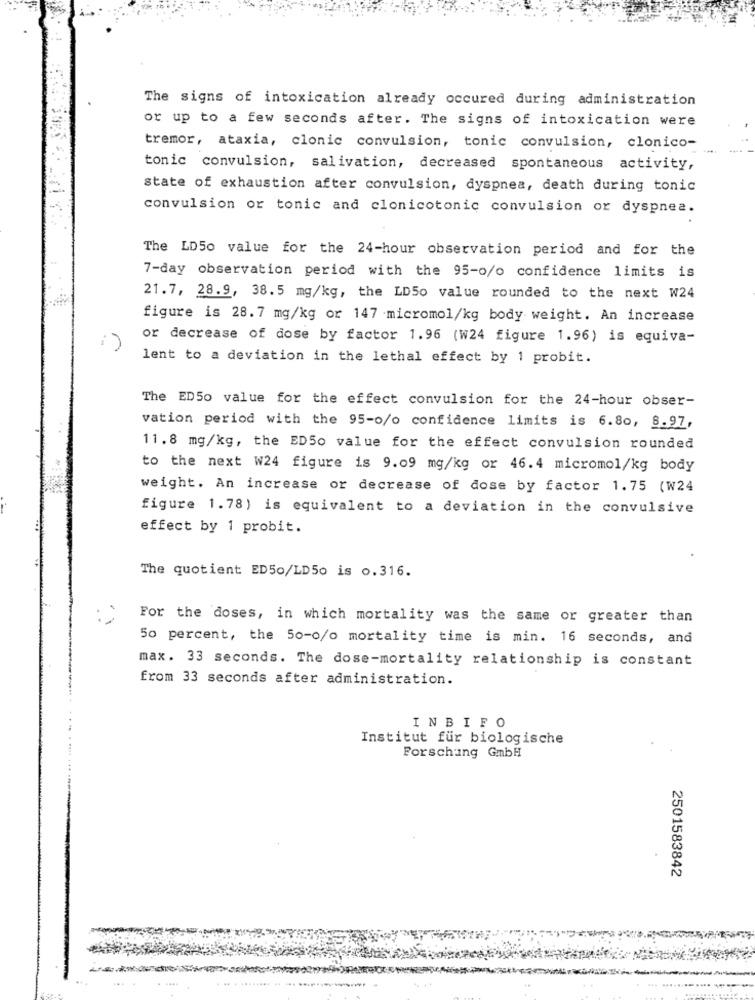
The signs of intoxication already occured during administration
or up to a few seconds after. The signs of intoxication were
tremor, ataxia, clonic convulsion, tonic convulsion, clonico-
tonic convulsion, salivation, decreased spontaneous activity,
state of exhaustion after convulsion, dyspnea, death during tonic
convulsion or tonic and clonicotonic convulsion or dyspnea.
The LD50 value for the 24-hour observation period and for the
7-day observation period with the 95-o/o confidence limits is
21.7, 28.9, 38.5 mg/kg, the LD50 value rounded to the next W24
figure is 28.7 mg/kg or 147 micromol/kg body weight. An increase
or decrease of dose by factor 1.96 (W24 figure 1.96) is equiva-
lent to a deviation in the lethal effect by 1 probit.
The ED50 value for the effect convulsion for the 24-hour obser-
vation period with the 95-o/o confidence limits is 6.80, 8.97,
11.8 mg/kg, the ED50 value for the effect convulsion rounded
to the next W24 figure is 9.09 mg/kg or 46.4 micromol/kg body
weight. An increase or decrease of dose by factor 1.75 (W24
figure 1.78) is equivalent to a deviation in the convulsive
effect by 1 probit.
The quotient ED50/LD50 is o.316.
For the doses, in which mortality was the same or greater than
50 percent, the 50-0/o mortality time is min. 16 seconds, and
max. 33 seconds. The dose-mortality relationship is constant
from 33 seconds after administration.
INBIFO
Institut für biologische
Forschung GmbH
2501583842
. ....
......